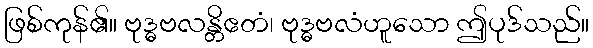
ဖြစ်ကုန်၏။ ဗုဒ္ဓဗလန္တိဧတံ၊ ဗုဒ္ဓဗလံဟူသော ဤပုဒ်သည်။